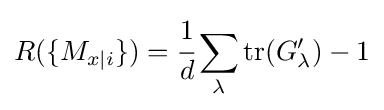
R(\{M_{x|i}\})={\cfrac {1}{d}}\sum _{\lambda }\mathrm {tr} (G_{\lambda }')-1